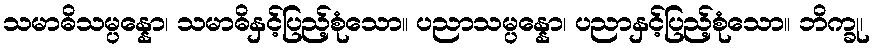
သမာဓိသမ္ပန္နော၊ သမာဓိနှင့်ပြည့်စုံသော။ ပညာသမ္ပန္နော၊ ပညာနှင့်ပြည့်စုံသော။ ဘိက္ခု၊